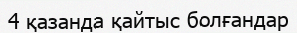
4 қазанда қайтыс болғандар